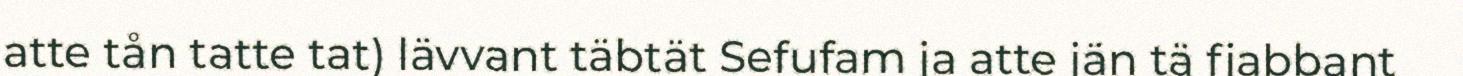
atte tån tatte tat) lävvant täbtät Sefufam ja atte jän tä fjabbant